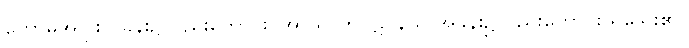
ကောဓအပြစ်ပြခန်း၌လည်းကောင်း၊ အာဃာတပဋိဝိနယ အခန်း၌လည်းကောင်း ရှိသေး၏။